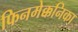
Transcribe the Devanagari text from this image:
फिनमेक्कनिका